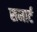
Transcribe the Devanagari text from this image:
समार्ट